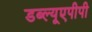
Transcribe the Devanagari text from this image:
डब्ल्यूएपीपी